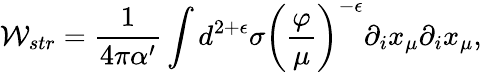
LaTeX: {\cal W}_{str}=\frac{1}{4\pi\alpha^{\prime}}\int d^{2+\epsilon}\sigma\left(\frac{\varphi}{\mu}\right)^{-\epsilon}\partial_{i}x_{\mu}\partial_{i}x_{\mu},